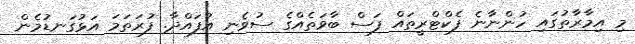
މި އިމާރާތުގައި ހުންނާނެ ފެކްޓްރީތައް ފަސް ބާވަތެއްގެ ސުވެނި އުފައްދާ. ފުރަތަމަ އަޅުގަނޑުމެން